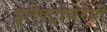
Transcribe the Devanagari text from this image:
इलेक्ट्रोथेरेपी